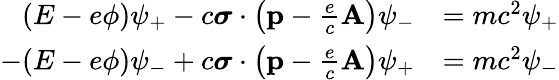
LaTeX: {\begin{array}{rl}{(E-e\phi)\psi_{+}-c{\boldsymbol{\sigma}}\cdot\left(\mathbf{p}-{\frac{e}{c}}\mathbf{A}\right)\psi_{-}}&{=mc^{2}\psi_{+}}\\ {-(E-e\phi)\psi_{-}+c{\boldsymbol{\sigma}}\cdot\left(\mathbf{p}-{\frac{e}{c}}\mathbf{A}\right)\psi_{+}}&{=mc^{2}\psi_{-}}\end{array}}